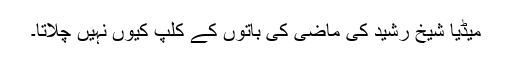
میڈیا شیخ رشید کی ماضی کی باتوں کے کلپ کیوں نہیں چلاتا۔